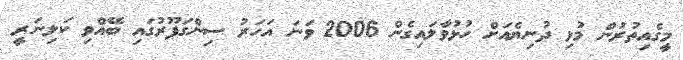
މީގެއިތުރުން މުޅި ދުނިޔެއަށް ހުޅުވާލައިގެން 2006 ވަނަ އަހަރު ސިންގަޕޫރުގައި ބޭއްވި ކަލިނަރީ